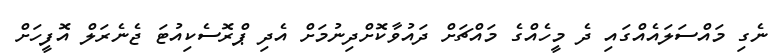
ނެގި މައްސަލައެއްގައި ދެ މީހެއްގެ މައްޗަށް ދައުވާކޮށްދިނުމަށް އެދި ޕްރޮސެކިއުޓަ ޖެނެރަލް އޮފީހަށް